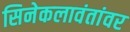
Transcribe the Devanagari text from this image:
सिनेकलावंतांवर